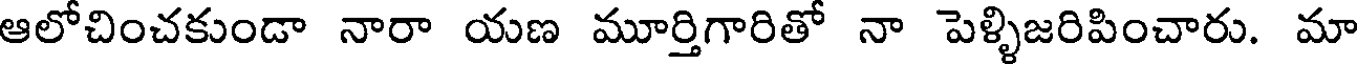
ఆలోచించకుండా నారా యణ మూర్తిగారితో నా పెళ్ళిజరిపించారు. మా